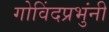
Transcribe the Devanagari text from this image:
गोविंदप्रभुंनी